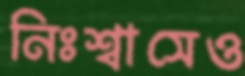
নিঃশ্বাসেও